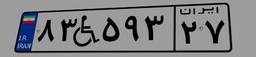
۸۳W۵۹۳۲۷